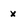
Character: X